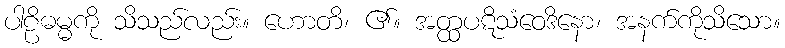
ပါဠိဓမ္မကို သိသည်လည်း။ ဟောတိ၊ ၏။ အတ္ထပဋိသံဝေဒိနော၊ အနက်ကိုသိသော။